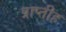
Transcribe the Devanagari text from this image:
प्राप्तीह